Report of an investigation of the epidemic of malarial fever in Assam, or, kala-azar
Disease focus: Malaria
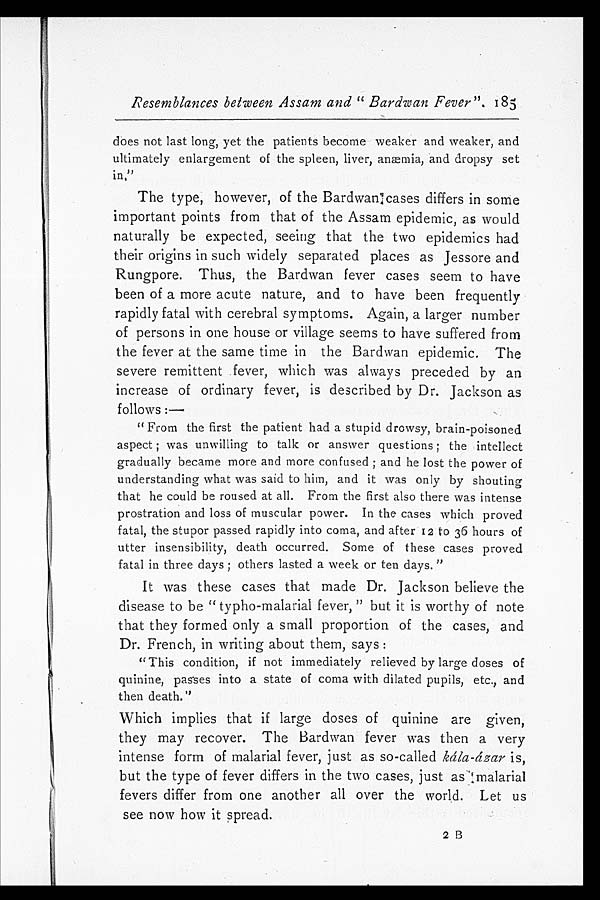
Resemblances between Assam and "Bardwan Fever" . 185
does not last long, yet the patients become weaker and weaker, and
ultimately enlargement of the spleen, liver, anæmia, and dropsy set
in."
The type, however, of the Bardwan cases differs in some
important points from that of the Assam epidemic, as would
naturally be expected, seeing that the two epidemics had
their origins in such widely separated places as Jessore and
Rungpore. Thus, the Bardwan fever cases seem to have
been of a more acute nature, and to have been frequently
rapidly fatal with cerebral symptoms. Again, a larger number
of persons in one house or village seems to have suffered from
the fever at the same time in the Bardwan epidemic. The
severe remittent fever, which was always preceded by an
increase of ordinary fever, is described by Dr. Jackson as
follows:—
"From the first the patient had a stupid drowsy, brain-poisoned
aspect; was unwilling to talk or answer questions; the intellect
gradually became more and more confused; and he lost the power of
understanding what was said to him, and it was only by shouting
that he could be roused at all. From the first also there was intense
prostration and loss of muscular power. In the cases which proved
fatal, the stupor passed rapidly into coma, and after 12 to 36 hours of
utter insensibility, death occurred. Some of these cases proved
fatal in three days; others lasted a week or ten days."
It was these cases that made Dr. Jackson believe the
disease to be "typho-malarial fever," but it is worthy of note
that they formed only a small proportion of the cases, and
Dr. French, in writing about them, says:
"This condition, if not immediately relieved by large doses of
quinine, passes into a state of coma with dilated pupils, etc., and
then death."
Which implies that if large doses of quinine are given,
they may recover. The Bardwan fever was then a very
intense form of malarial fever, just as so-called kála-ázar is,
but the type of fever differs in the two cases, just as malarial
fevers differ from one another all over the world. Let us
see now how it spread.
2 B